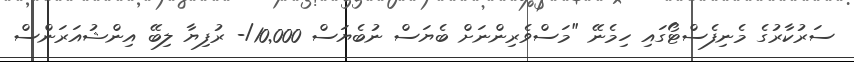
ސަރުކާރުގެ މެނިފެސްޓޯގައި ހިމެނޭ "މަސްވެރިންނަށް ބެޔަސް ނުބެޔަސް 10